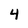
Character: 4